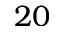
2 0